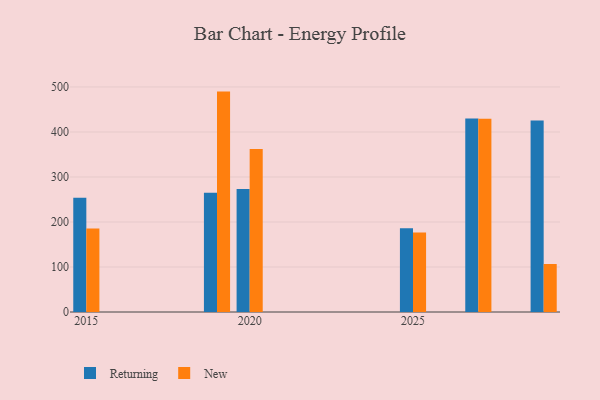
{"axis": {"x": "Year", "y": "Gross Profit (USD K)"}, "legend": ["New", "Returning"], "data": [{"x": "2020", "y": 273.5, "type": "Returning"}, {"x": "2020", "y": 362.2, "type": "New"}, {"x": "2019", "y": 265.0, "type": "Returning"}, {"x": "2019", "y": 489.7, "type": "New"}, {"x": "2027", "y": 429.9, "type": "Returning"}, {"x": "2027", "y": 429.2, "type": "New"}, {"x": "2025", "y": 186.1, "type": "Returning"}, {"x": "2025", "y": 176.4, "type": "New"}, {"x": "2029", "y": 425.6, "type": "Returning"}, {"x": "2029", "y": 106.6, "type": "New"}, {"x": "2015", "y": 254.0, "type": "Returning"}, {"x": "2015", "y": 185.4, "type": "New"}]}